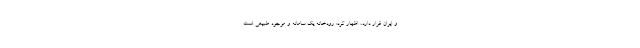
و ایران قرار دارد، اظهار کرد: رودخانه یک سامانه و موجود طبیعی است